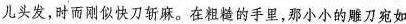
儿头发，时而刚似快刀斩麻。在粗糙的手里，那小小的雕刀宛如